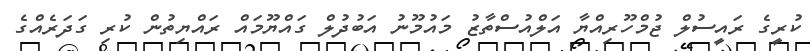
ކުރީގެ ރައީސުލް ޖުމްހޫރިއްޔާ އަލްއުސްތާޒު މައުމޫނު އަބުދުލް ގައްޔޫމައް ރައްޔިތުން ކުރި ގަދަރެއްގެ